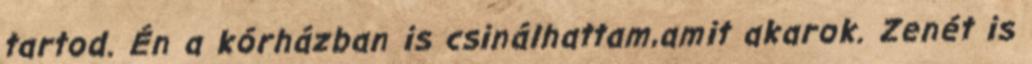
tartod. Én a kórházban is csinálhattam,amit akarok. Zenét is